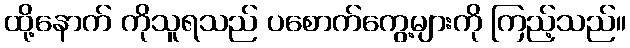
ထို့နောက် ကိုသူရသည် ပစောက်ကွေ့များကို ကြည့်သည်။